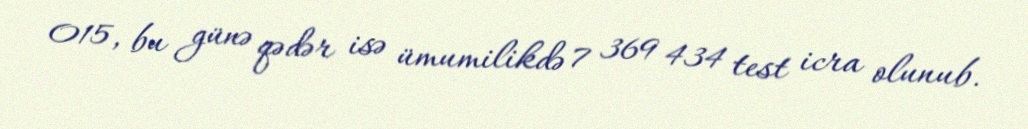
015, bu günə qədər isə ümumilikdə 7 369 434 test icra olunub.